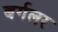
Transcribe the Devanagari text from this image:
बर्गलर